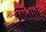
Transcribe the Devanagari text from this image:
ख़िताबें